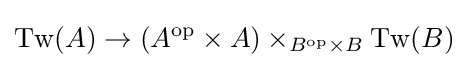
\operatorname {Tw} (A)\rightarrow (A^{\mathrm {op} }\times A)\times _{B^{\mathrm {op} }\times B}\operatorname {Tw} (B)